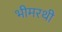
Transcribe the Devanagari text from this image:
भीमरथी